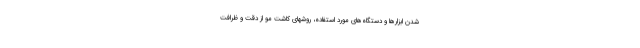
شدن ابزارها و دستگاه‌های مورد استفاده، روشهای کاشت مو از دقت و ظرافت